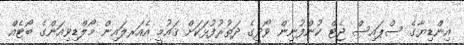
އިންޑިޔާގެ ސްޕައިސް ޖެޓް ކުންފުނިން ވޯދީގެ ދަތުރުފުޅަކަށް ޤައުމީ އެއަރލައިން މޯލްޑިވިއަންގެ ބޯޓެއް